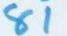
81